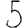
Digit: 5